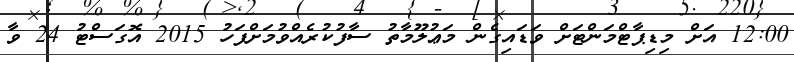
12:00 އަށް މިޑިޕާޓްމަންޓަށް ވަޑައިގެން މަޢުލޫމާތު ސާފުކުރެއްވުމަށްފަހު 2015 އޮގަސްޓު 24 ވާ